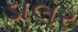
ડાલર